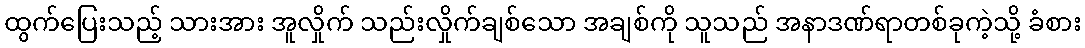
ထွက်ပြေးသည့် သားအား အူလှိုက် သည်းလှိုက်ချစ်သော အချစ်ကို သူသည် အနာဒဏ်ရာတစ်ခုကဲ့သို့ ခံစား